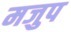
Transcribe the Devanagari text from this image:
मजुप